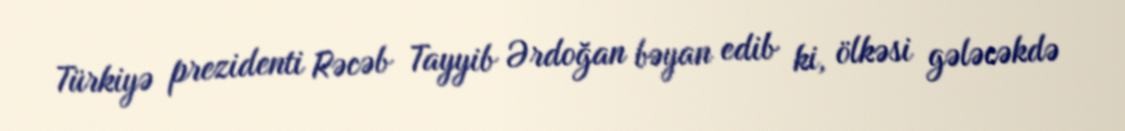
Türkiyə prezidenti Rəcəb Tayyib Ərdoğan bəyan edib ki, ölkəsi gələcəkdə